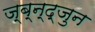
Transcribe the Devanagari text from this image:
ज्ब्न्द्जुन